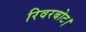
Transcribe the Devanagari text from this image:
रिवरबोट।